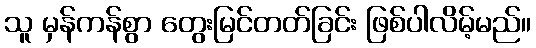
သူ မှန်ကန်စွာ တွေးမြင်တတ်ခြင်း ဖြစ်ပါလိမ့်မည်။